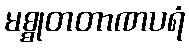
မစ္စုတတာဏပရံ